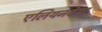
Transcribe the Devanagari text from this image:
एलियनवेयर